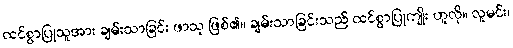
ထင်စွာပြုသူအား ချမ်းသာခြင်း ဖာသု ဖြစ်၏။ ချမ်းသာခြင်းသည် ထင်စွာပြုကျိုး ဟူလို။ လူမင်း၊